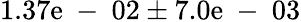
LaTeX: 1.37\mathrm{e}\mathrm{{~-~}}02\pm7.0\mathrm{e}\mathrm{{~-~}}03